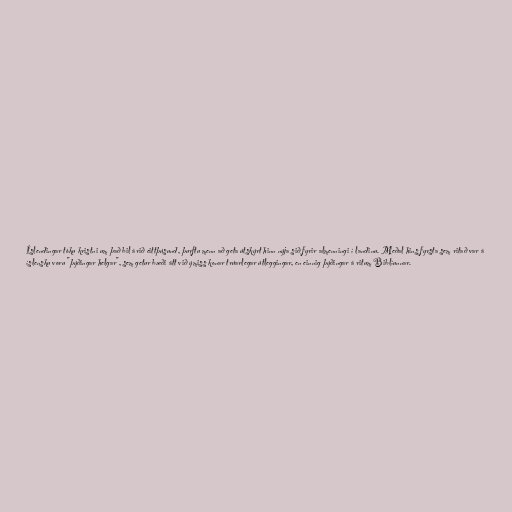
Íslendingar tóku kristni um það bil árið eittþúsund, þurftu menn að geta útskýrt hinn nýja sið fyrir almenningi í landinu. Meðal hins fyrsta sem ritað var á
íslensku voru "þýðingar helgar", sem getur bæði átt við ýmiss konar trúarlegar útleggingar, en einnig þýðingar á ritum Biblíunnar.